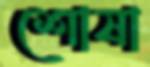
শোষা